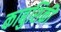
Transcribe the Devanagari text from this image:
काबुशिकी